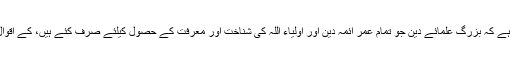
شناخت کی راہوں میں سے ایک یہ ہے کہ بزرگ علمائے دین جو تمام عمر ائمہ دین اور اولیاء اللہ کی شناخت اور معرفت کے حصول کیلئے صرف کئے ہیں، کے اقوال اور مکتوبات کا مطالعہ کرنا ہے۔